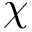
\chi